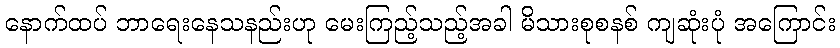
နောက်ထပ် ဘာရေးနေသနည်းဟု မေးကြည့်သည့်အခါ မိသားစုစနစ် ကျဆုံးပုံ အကြောင်း